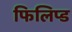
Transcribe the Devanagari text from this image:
फिलिप्ड